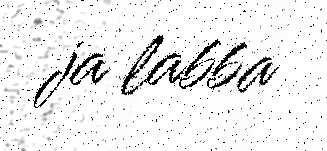
ja labba